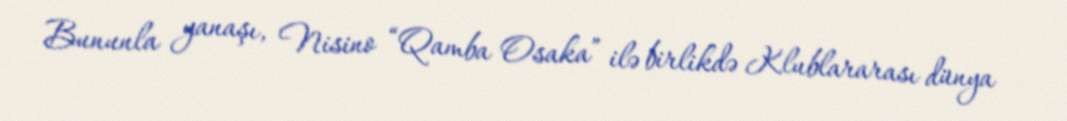
Bununla yanaşı, Nisino “Qamba Osaka” ilə birlikdə Klublararası dünya